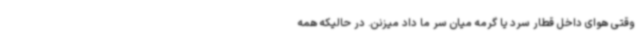
وقتی هوای داخل قطار سرد یا گرمه میان سر ما داد میزنن. در حالیکه همه